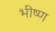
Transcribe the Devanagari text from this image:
भीष्ण